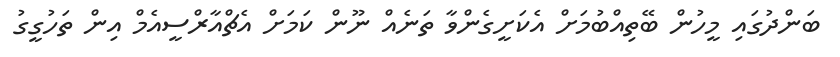
ބަންދުގައި މީހުން ބޭތިއްބުމަށް އެކަށީގެންވާ ތަނެއް ނޫން ކަމަށް އެޗްއާރްސީއެމް އިން ތަހުގީގު